Civil Veterinary Dept. Bombay admin report 1923-31 - 1923-1931
Year: 1923
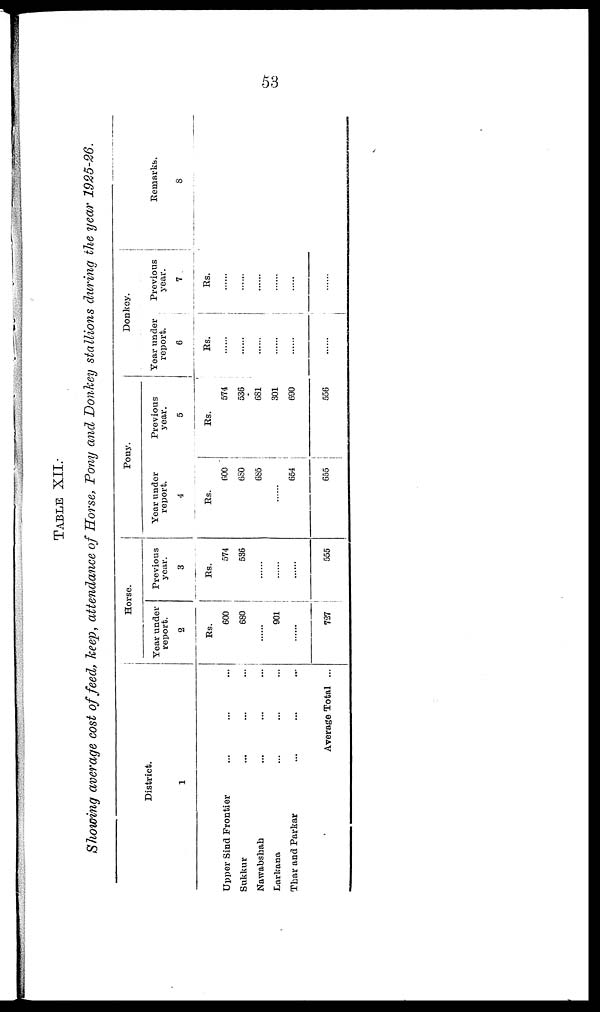
53
TABLE
XII.
Showing average cost of feed, keep, attendance of Horse, Pony and Donkey stallions during the year 1925-26.
District.
1
Upper Sind Frontier ... ... ...
Sukkur ... ... ...
Nawabshah ... ... ...
Larkana ... ... ...
Thar and Parkar ... ... ...
Average Total ...
Horse.
Year under
report.
2
Rs.
600
680
......
901
......
727
Previous
year.
3
Rs.
574
536
......
......
......
555
Pony.
Year under
report.
4
Rs.
600
6S0
685
......
654
655
Previous
year.
5
Rs.
574
536
681
301
690
556
Donkey.
Year under
report.
6
Rs.
......
......
......
......
......
......
Previous
year.
7
Rs.
......
......
......
......
......
......
Remarks.
8